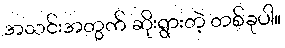
အသင်းအတွက် ဆိုးရွားတဲ့ တစ်ခုပါ။